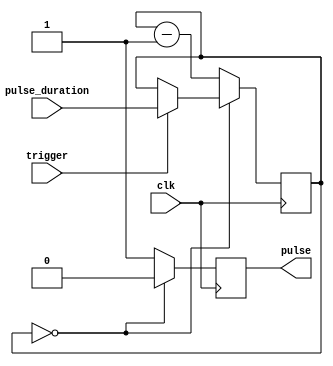
module one_shot_timer (
    input wire trigger,
    input wire [7:0] pulse_duration,
    input wire clk,
    output reg pulse
);

reg [7:0] count;

always @(posedge clk) begin
    if (trigger) begin
        count <= pulse_duration;
    end
    if (count == 0) begin
        pulse <= 0;
    end else begin
        pulse <= 1;
        count <= count - 1;
    end
end

endmodule